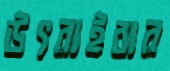
উৎরাইবার